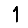
Digit: 1